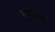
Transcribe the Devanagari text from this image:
श्यामिनी